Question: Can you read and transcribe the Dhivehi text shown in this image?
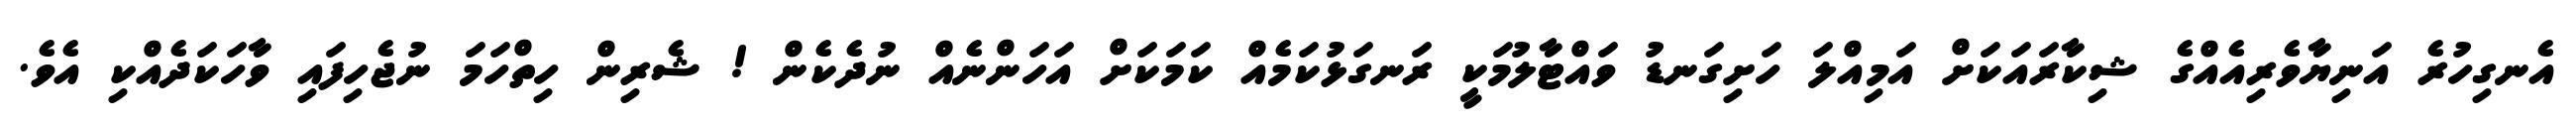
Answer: އެނގިހުރެ އަނިޔާވެރިއެއްގެ ޝިކާރައަކަށް އަމިއްލަ ހަށިގަނޑު ވައްޓާލުމަކީ ރަނގަޅުކަމެއް ކަމަކަށް އަހަންނެއް ނުދެކެން ! ޝެރިން ހިތްހަމަ ނުޖެހިފައި ވާހަކަދެއްކި އެވެ.